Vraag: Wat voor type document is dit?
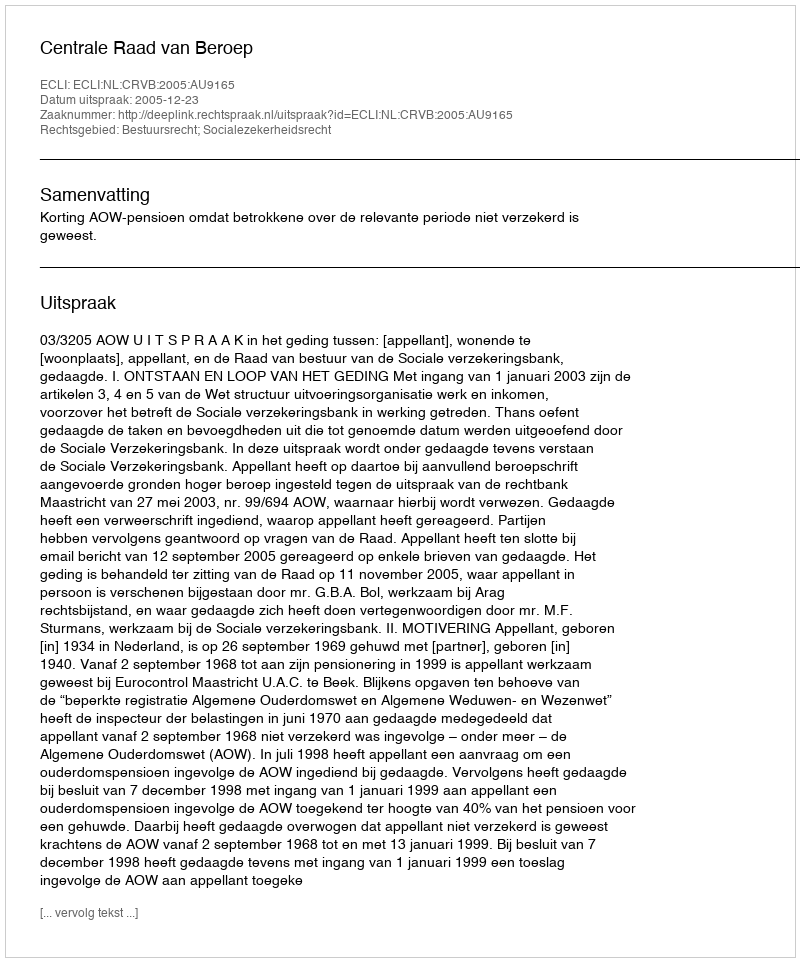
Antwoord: Uitspraak